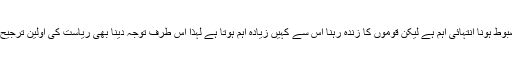
ملک کا مضبوط ہونا انتہائی اہم ہے لیکن قوموں کا زندہ رہنا اُس سے کہیں زیادہ اہم ہوتا ہے لہذا اِس طرف توجہ دینا بھی ریاست کی اولین ترجیح ہوناچاہیے۔